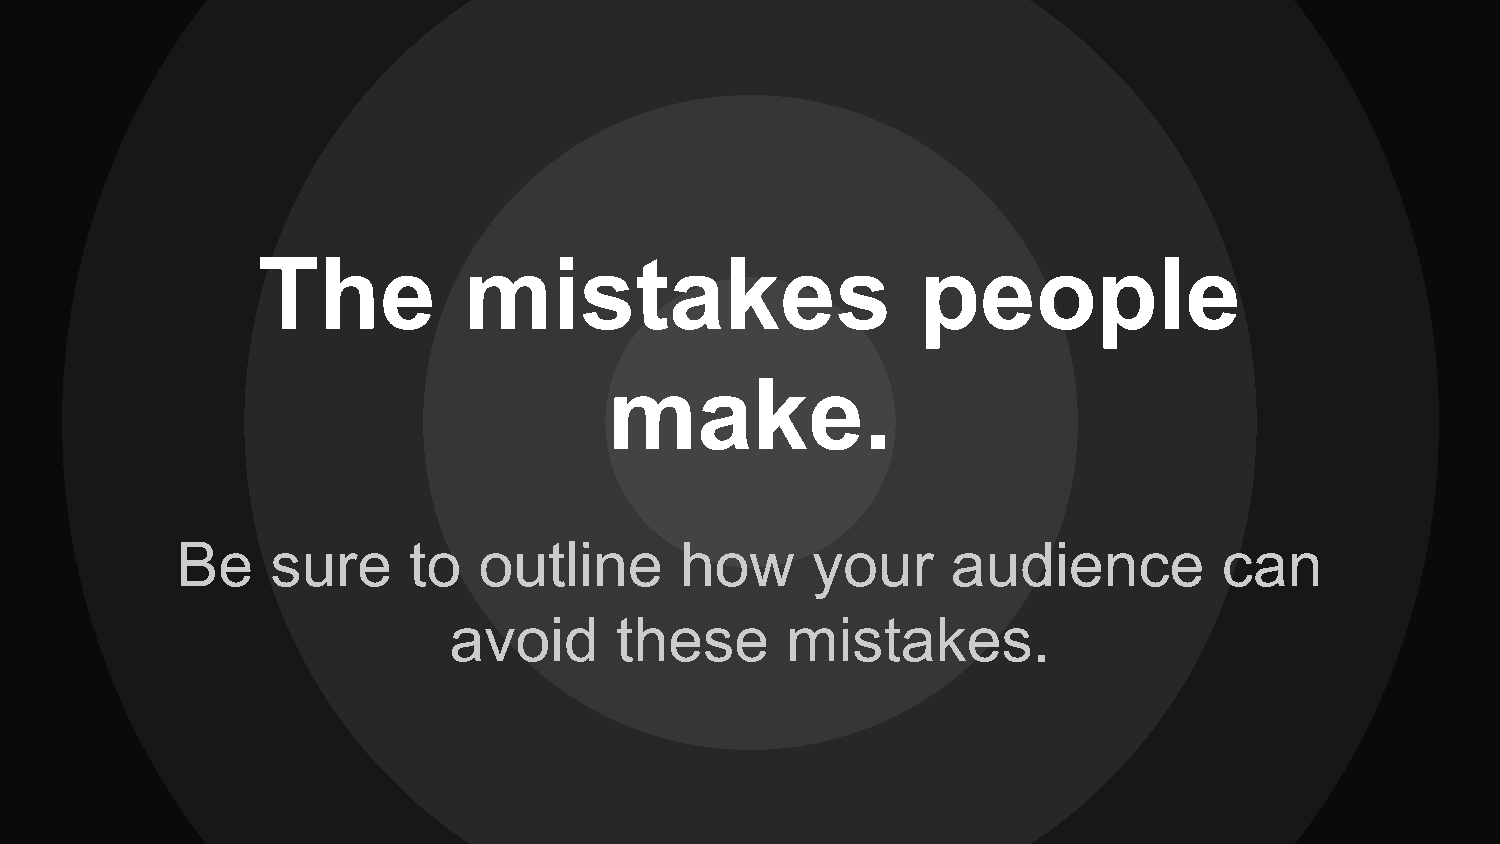
The           mistakes                      people
 make.
 Be    sure     to   outline      how      your     audience          can
 avoid      these      mistakes.